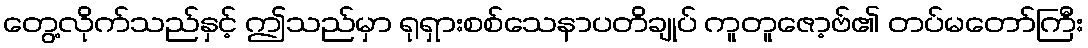
တွေ့လိုက်သည်နှင့် ဤသည်မှာ ရုရှားစစ်သေနာပတိချုပ် ကူတူဇော့ဗ်၏ တပ်မတော်ကြီး